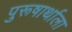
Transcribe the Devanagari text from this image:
पुरूषार्थाला